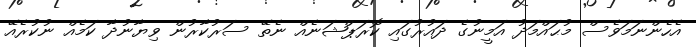
އެހެންނަމަވެސް މުޙައްމަދު އަމީނުގެ ދައުރުގައި ކޮރަޕްޝަނެއް ނެތޭ ސަރުކާރުން ވިޔާނުދާ ކަމެއް ނުކުރެއޭ